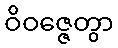
ဝိဝဇ္ဇေတွာ